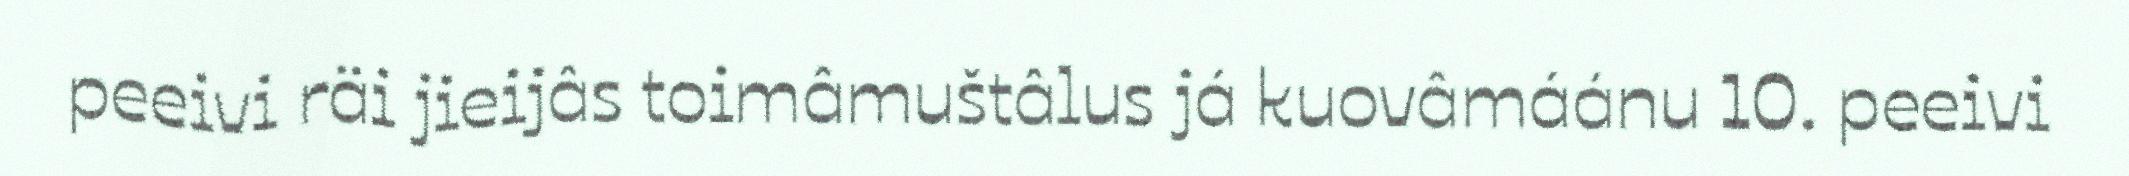
peeivi räi jieijâs toimâmuštâlus já kuovâmáánu 10. peeivi